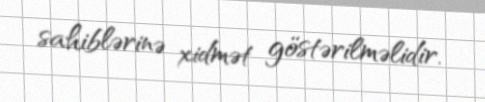
sahiblərinə xidmət göstərilməlidir.